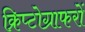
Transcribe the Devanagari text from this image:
क्रिप्टोग्राफरों